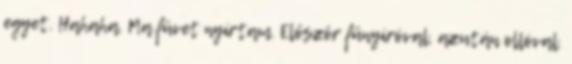
egyet. Hahaha. Ma füvet nyírtam. Először fűnyíróval, azután ollóval.